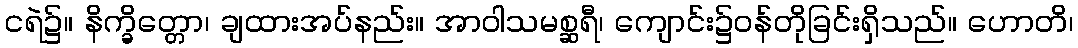
ငရဲ၌။ နိက္ခိတ္တော၊ ချထားအပ်နည်း။ အာဝါသမစ္ဆရီ၊ ကျောင်း၌ဝန်တိုခြင်းရှိသည်။ ဟောတိ၊